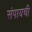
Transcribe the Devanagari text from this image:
संपायची